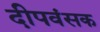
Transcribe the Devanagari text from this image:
दीपवंसक